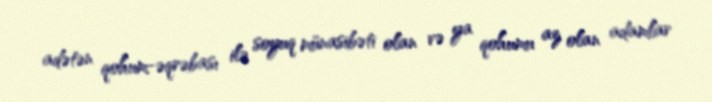
adətən qohum-əqrəbası ilə soyuq münasibəti olan və ya qohumu az olan adamlar